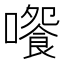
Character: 𡁄